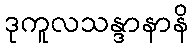
ဒုကူလသန္ဒာနာနိ